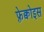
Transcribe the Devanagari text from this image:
फ़्रेक्वोइस